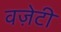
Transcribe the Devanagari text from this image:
वज़ेटी